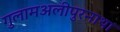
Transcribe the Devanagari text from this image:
गुलामअलीपुरनाथा